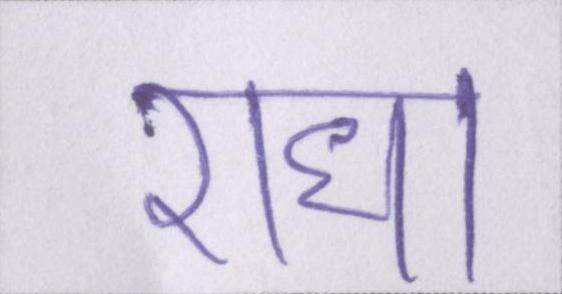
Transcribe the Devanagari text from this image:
राधा